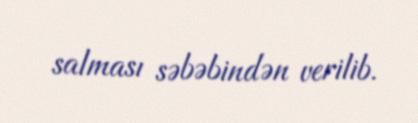
salması səbəbindən verilib.